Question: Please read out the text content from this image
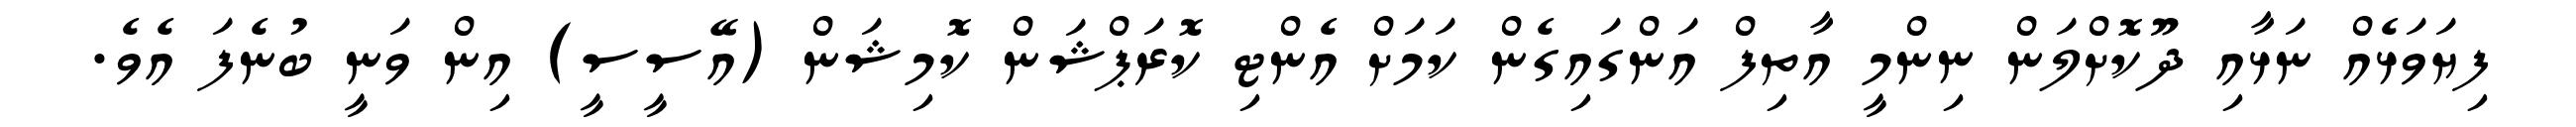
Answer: ފިޔަވަޅެއް ނަޅާއި ދޫކޮށްލަން ނިންމީ އާތިފް އަންގައިގެން ކަމަށް އެންޓި ކޮރަޕްޝަން ކޮމިޝަން (އޭސީސީ) އިން ވަނީ ބުނެފަ އެވެ.